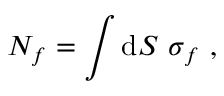
N _ { f } = \int \mathrm { d } S ~ \sigma _ { f } ~ ,